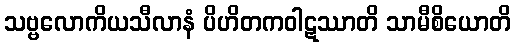
သဗ္ဗလောကိယသီလာနံ ပိဟိတကဝါဋဿာတိ သာမီစိယောတိ